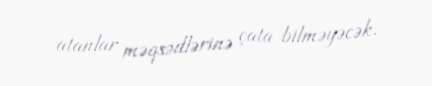
atanlar məqsədlərinə çata bilməyəcək.